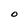
Character: O